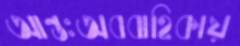
আন্তঃঅববাহিকায়